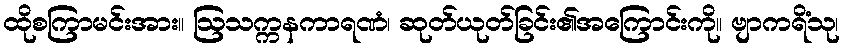
ထိုစကြာမင်းအား။ ဩသက္ကနကာရဏံ၊ ဆုတ်ယုတ်ခြင်း၏အကြောင်းကို။ ဗျာကရိံသု၊